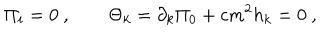
LaTeX: \Pi _ { i } = 0 \ , \qquad \Theta _ { k } = \partial _ { k } \Pi _ { 0 } + c m ^ { 2 } h _ { k } = 0 \ ,